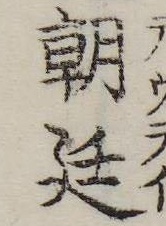
朝廷